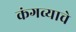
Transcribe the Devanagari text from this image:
कंगव्याचे